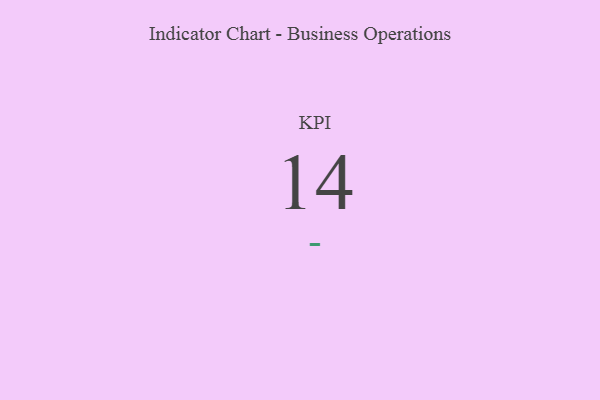
{"axis": {"x": "KPI", "y": "Value"}, "legend": [""], "data": [{"x": "KPI", "y": 14, "type": ""}]}